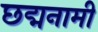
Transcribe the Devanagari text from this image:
छद्मनामी